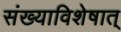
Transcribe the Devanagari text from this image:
संख्याविशेषात्